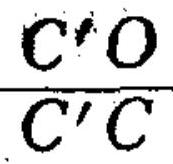
\frac{C^{\prime}O}{C^{\prime}C}